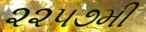
૨૨૫૭મી